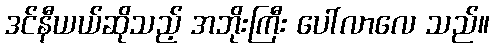
ဒင်နီယယ်ဆိုသည့် အဘိုးကြီး ပေါ်လာလေ သည်။